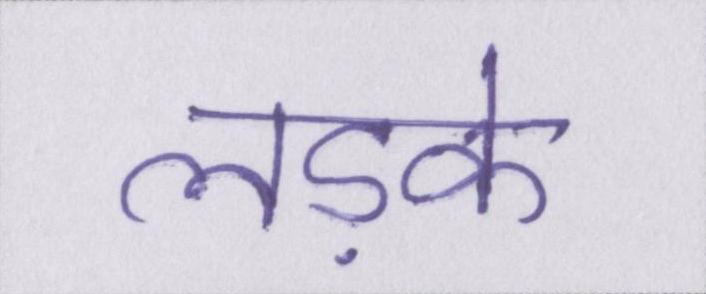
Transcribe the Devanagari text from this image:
लड़के